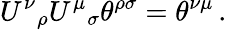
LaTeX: U^{\nu}{}_{\rho}U^{\mu}{}_{\sigma}\theta^{\rho\sigma}=\theta^{\nu\mu}\, .